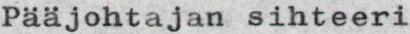
Pääjohtajan sihteeri